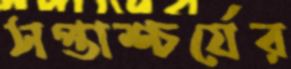
সপ্তাশ্চর্যের